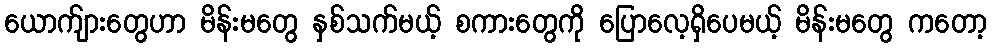
ယောက်ျားတွေဟာ မိန်းမတွေ နှစ်သက်မယ့် စကားတွေကို ပြောလေ့ရှိပေမယ့် မိန်းမတွေ ကတော့